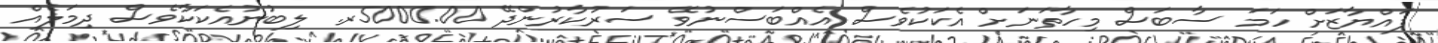
ފައްޔާޒަށް ހަމަ ސާބަސް މިހާތަނަށް އެކަކުވެސް އެއްބަސްނުވޭ ސަރުކާރުންދޭ 5000.00ރ. ލިބުނުއެކަކާވެސް ދިމަލެއް